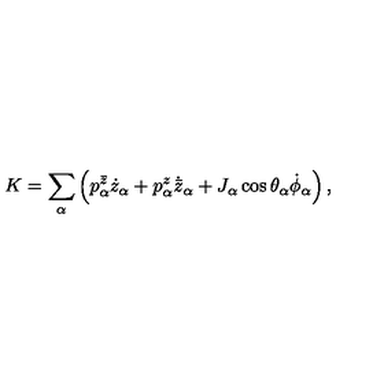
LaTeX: K = \sum _ { \alpha } \left( p _ { \alpha } ^ { \bar { z } } \dot { z } _ { \alpha } + p _ { \alpha } ^ { z } \dot { { \bar { z } } } _ { \alpha } + J _ { \alpha } \cos \theta _ { \alpha } \dot { \phi } _ { \alpha } \right) ,